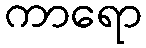
ကာရော